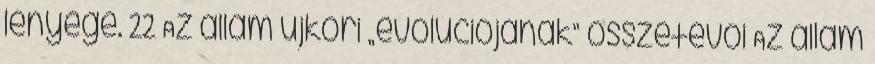
lényege. 22 Az állam újkori „evolúciójának” összetevői Az állam